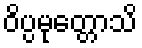
ဝိပ္ပမုတ္တောသိ